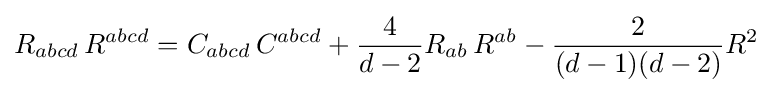
R_{abcd}\,R^{abcd}=C_{abcd}\,C^{abcd}+{\frac {4}{d-2}}R_{ab}\,R^{ab}-{\frac {2}{(d-1)(d-2)}}R^{2}